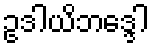
ဥဒါယိဘဒ္ဒေါ